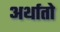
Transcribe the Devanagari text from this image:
अर्थातो